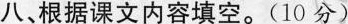
八、根据课文内容填空。(10分)